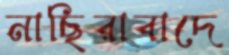
নাছিরাবাদে